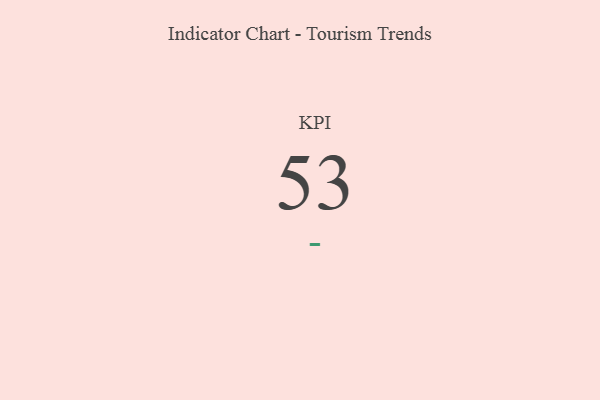
{"axis": {"x": "KPI", "y": "Value"}, "legend": [""], "data": [{"x": "KPI", "y": 53, "type": ""}]}